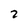
Character: 2